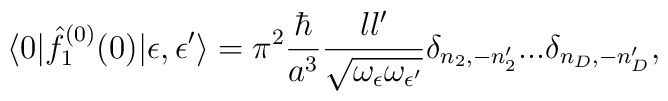
\langle 0| {\hat f}^{(0)}_1(0)|\epsilon,\epsilon'\rangle=\pi^2 {\hbar\over a^3} {l l'\over \sqrt{\omega_{\epsilon}\omega_{\epsilon'}}}\delta_{n_2,-n'_2}...\delta_{n_D,-n'_D},